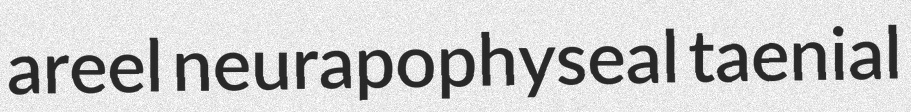
areel neurapophyseal taenial